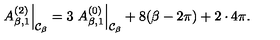
\left. A _ { \beta , 1 } ^ { ( 2 ) } \right| _ { { \cal C } _ { \beta } } = 3 \left. A _ { \beta , 1 } ^ { ( 0 ) } \right| _ { { \cal C } _ { \beta } } + 8 ( \beta - 2 \pi ) + 2 \cdot 4 \pi .